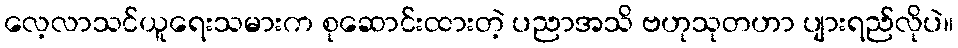
လေ့လာသင်ယူရေးသမားက စုဆောင်းထားတဲ့ ပညာအသိ ဗဟုသုတဟာ ပျားရည်လိုပဲ။